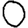
Digit: 0